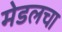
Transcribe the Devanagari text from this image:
मेडलचा